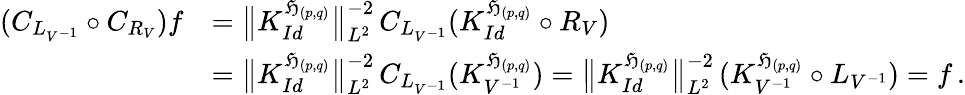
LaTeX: \begin{array}{rl}{(C_{L_{V^{-1}}}\circ C_{R_{V}})f}&{=\big\| K_{Id}^{\mathfrak H_{(p,q)}}\big\| _{L^{2}}^{-2}\, C_{L_{V^{-1}}}(K_{Id}^{\mathfrak H_{(p,q)}}\circ{R_{V}})}\\ &{=\big\| K_{Id}^{\mathfrak H_{(p,q)}}\big\| _{L^{2}}^{-2}\, C_{L_{V^{-1}}}(K_{V^{-1}}^{\mathfrak H_{(p,q)}})=\big\| K_{Id}^{\mathfrak H_{(p,q)}}\big\| _{L^{2}}^{-2}\, (K_{V^{-1}}^{\mathfrak H_{(p,q)}}\circ L_{V^{-1}})=f\, .}\end{array}